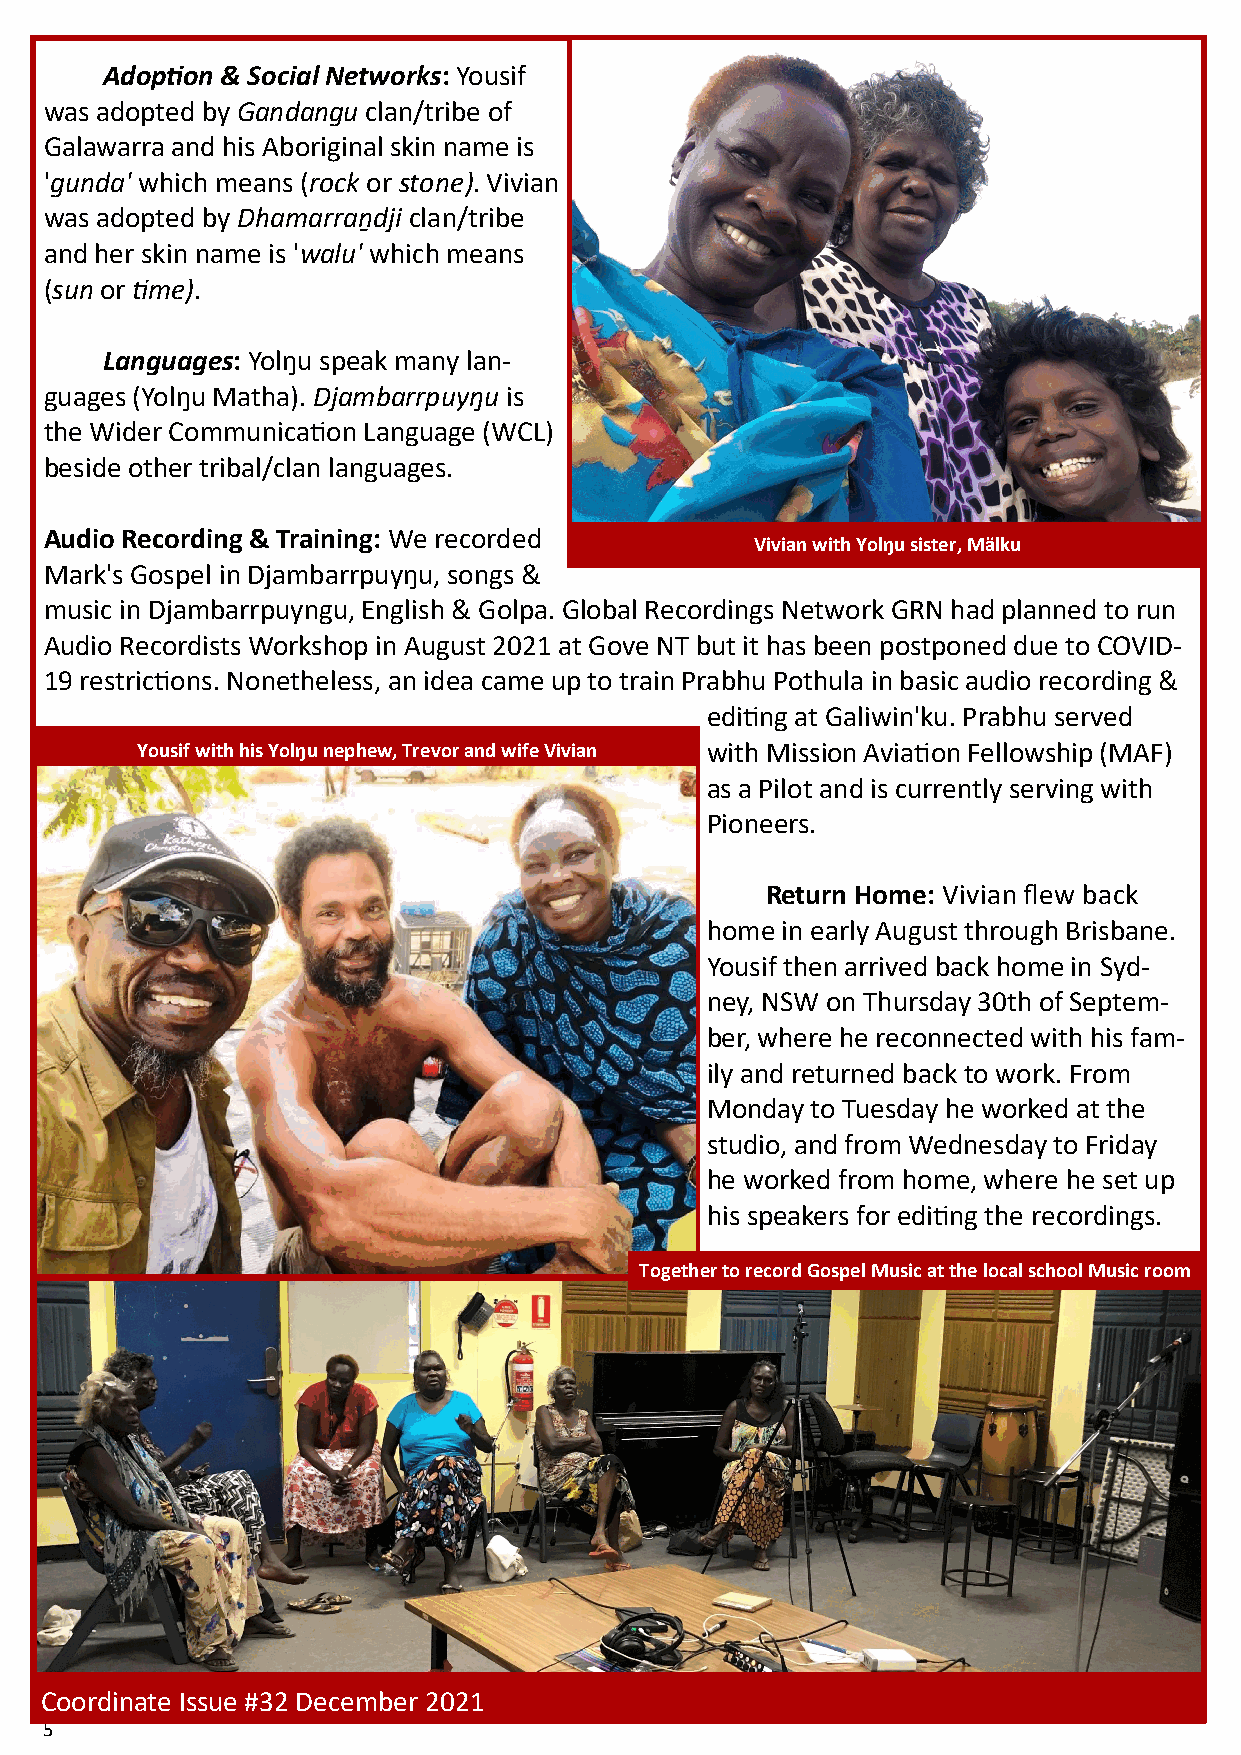
Adoption & Social Networks: Yousif
 was adopted by Gandangu clan/tribe of
 Galawarra and his Aboriginal skin name is
 'gunda' which means (rock or stone). Vivian
 was adopted by Dhamarraṉdji clan/tribe
 and her skin name is 'walu' which means
 (sun or time).
 Languages: Yolŋu speak many lan-
 guages (Yolŋu Matha). Djambarrpuyŋu is
 the Wider Communication Language (WCL)
 beside other tribal/clan languages.
 Audio Recording & Training: We recorded
 Vivian with Yolŋu sister, Mälku
 Mark's Gospel in Djambarrpuyŋu, songs &
 music in Djambarrpuyngu, English & Golpa. Global Recordings Network GRN had planned to run
 Audio Recordists Workshop in August 2021 at Gove NT but it has been postponed due to COVID-
 19 restrictions. Nonetheless, an idea came up to train Prabhu Pothula in basic audio recording &
 editing at Galiwin'ku. Prabhu served
 Yousif with his Yolŋu nephew, Trevor and wife Vivian with Mission Aviation Fellowship (MAF)
 as a Pilot and is currently serving with
 Pioneers.
 Return Home: Vivian flew back
 home in early August through Brisbane.
 Yousif then arrived back home in Syd-
 ney, NSW on Thursday 30th of Septem-
 ber, where he reconnected with his fam-
 ily and returned back to work. From
 Monday to Tuesday he worked at the
 studio, and from Wednesday to Friday
 he worked from home, where he set up
 his speakers for editing the recordings.
 Together to record Gospel Music at the local school Music room
 Coordinate Issue #32 December 2021
 5